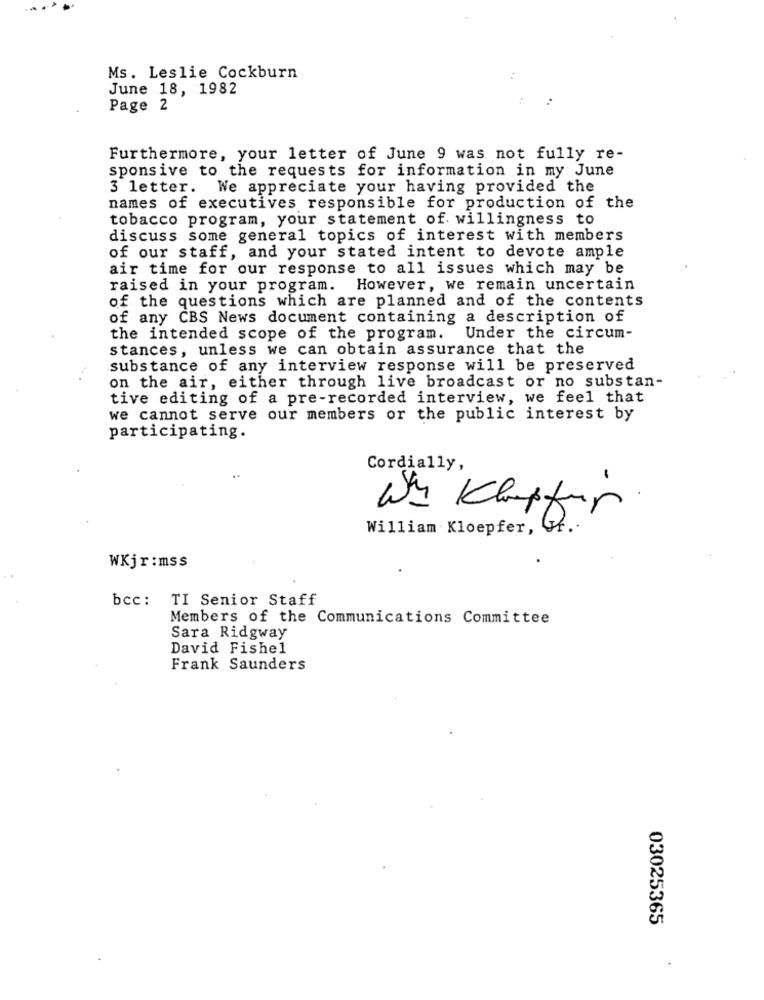
Ms. Leslie Cockburn
June 18, 1982
Page 2
Furthermore, your letter of June 9 was not fully re-
sponsive to the requests for information in my June
3 letter. We appreciate your having provided the
names of executives responsible for production of the
tobacco program, your statement of willingness to
discuss some general topics of interest with members
of our staff, and your stated intent to devote ample
air time for our response to all issues which may be
raised in your program. However, we remain uncertain
of the questions which are planned and of the contents
of any CBS News document containing a description of
the intended scope of the program.
Under the circum-
stances, unless we can obtain assurance that the
substance of any interview response will be preserved
on the air, either through live broadcast or no substan-
tive editing of a pre-recorded interview, we feel that
we cannot serve our members or the public interest by
participating.
Cordially,
..
-
William Kloepfer,
Was Klaffar
WKjr:mss
bcc: TI Senior Staff
Members of the Communications Committee
Sara Ridgway
David Fishel
Frank Saunders
03025365